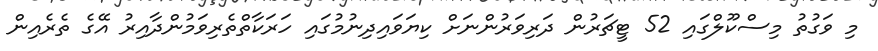
މި ވަގުތު މިސްކޫލްގައި 52 ޓީޗަރުން ދަރިވަރުންނަށް ކިޔަވައިދިނުމުގައި ހަރަކާތްތެރިވަމުންދާއިރު އޭގެ ތެރެއިން